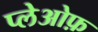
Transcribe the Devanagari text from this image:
प्लेओफ़